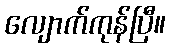
လျောက်ကုန်ပြီ။